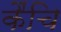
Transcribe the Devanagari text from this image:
कैंचि